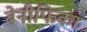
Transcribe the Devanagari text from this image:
बेनीफिका